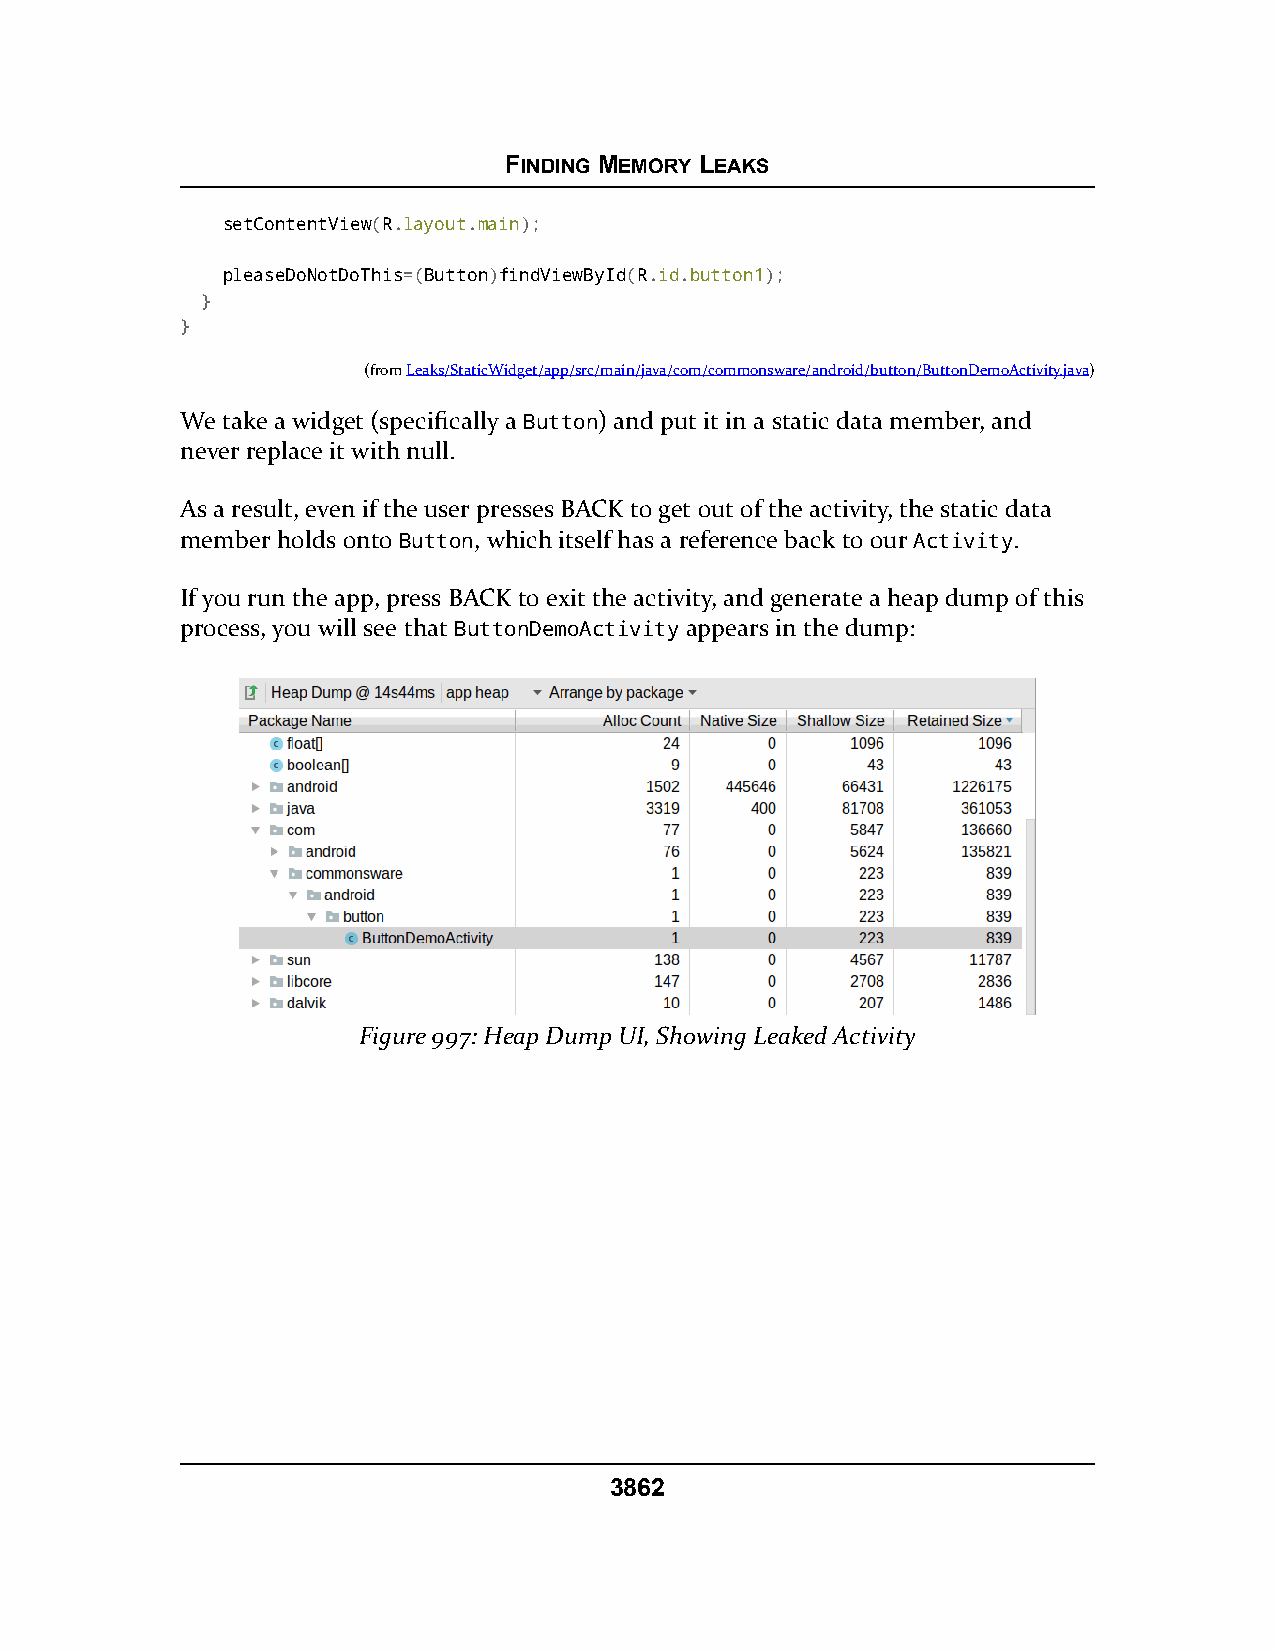
FINDING MEMORY LEAKS
 setContentView(R.layout.main);
 pleaseDoNotDoThis=(Button)findViewById(R.id.button1);
 }
 }
 (fromLeaks/StaticWidget/app/src/main/java/com/commonsware/android/button/ButtonDemoActivity.java)
 We take a widget (specifically a Button) and put it in a static data member, and
 never replace it with null.
 As a result, even if the user presses BACK to get out of the activity, the static data
 member holds onto Button, which itself has a reference back to our Activity.
 If you run the app, press BACK to exit the activity, and generate a heap dump of this
 process, you will see that ButtonDemoActivity appears in the dump:
 Figure 997: Heap Dump UI, Showing Leaked Activity
 3862